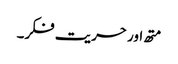
متھ اور حریت فکر۔